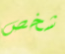
شخص